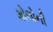
મોલોની